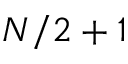
N / 2 + 1